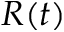
R ( t )